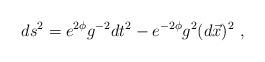
LaTeX: \begin{align*}ds^2 = e^{2\phi} g^{-2} dt^2 - e^{-2\phi} g^2 (d\vec x)^2 \ ,\end{align*}